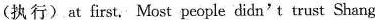
(执行)at first. Most people didn' t trust Shang